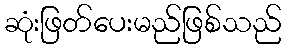
ဆုံးဖြတ်ပေးမည်ဖြစ်သည်